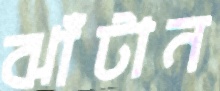
ঝাঁটান